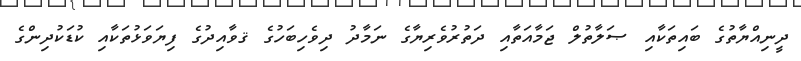
ދީނިއްޔާތުގެ ބައިތަކާއި ޞަލާތުލް ޖަމާއަތާއި ދަތުރުވެރިޔާގެ ނަމާދު ދިވެހިބަހުގެ ޤވާއިދުގެ ފިޔަވަޅުތަކާއި ކުޑަކުދިންގެ